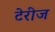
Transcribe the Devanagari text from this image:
टेरीज